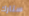
ستارك